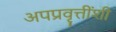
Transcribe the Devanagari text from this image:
अपप्रवृत्तींशी